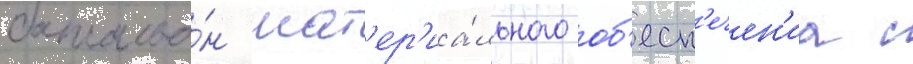
батальо́н мат'ер'иа́льного об'есп'ечен'иа с